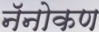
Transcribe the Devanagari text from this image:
नॅनोकण